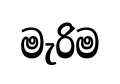
මැරිම